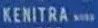
KENITRA